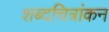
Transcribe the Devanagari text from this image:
शब्दचित्रांकन